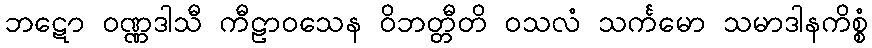
ဘဋော ဝဏ္ဏဒါသီ ကီဠာဝသေန ဝိဘတ္တီတိ ဝသလံ သင်္ကမော သမာဒါနကိစ္စံ